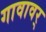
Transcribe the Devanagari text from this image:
गावावर्